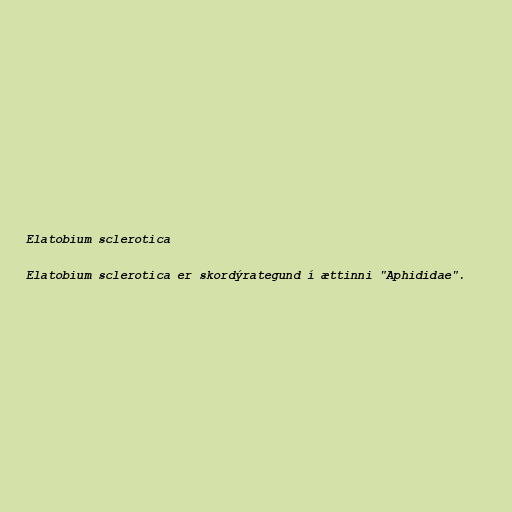
Elatobium sclerotica

Elatobium sclerotica er skordýrategund í ættinni "Aphididae".